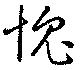
愧